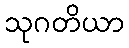
သုဂတိယာ